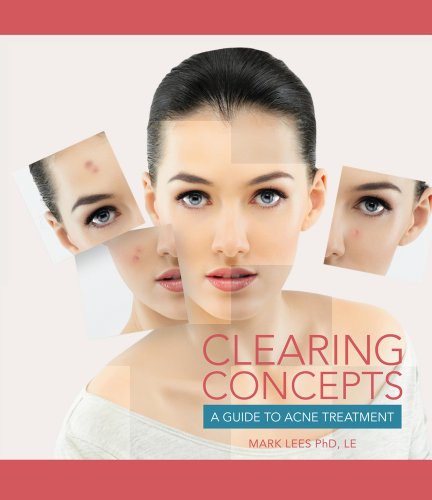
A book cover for Clearing Concepts: A Guide to Acne Treatment (Conflict Resolution); Mark Lees; Health, Fitness & Dieting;